Civil Veterinary Dept. Bombay admin report 1932-41 - 1932-1941
Year: 1932
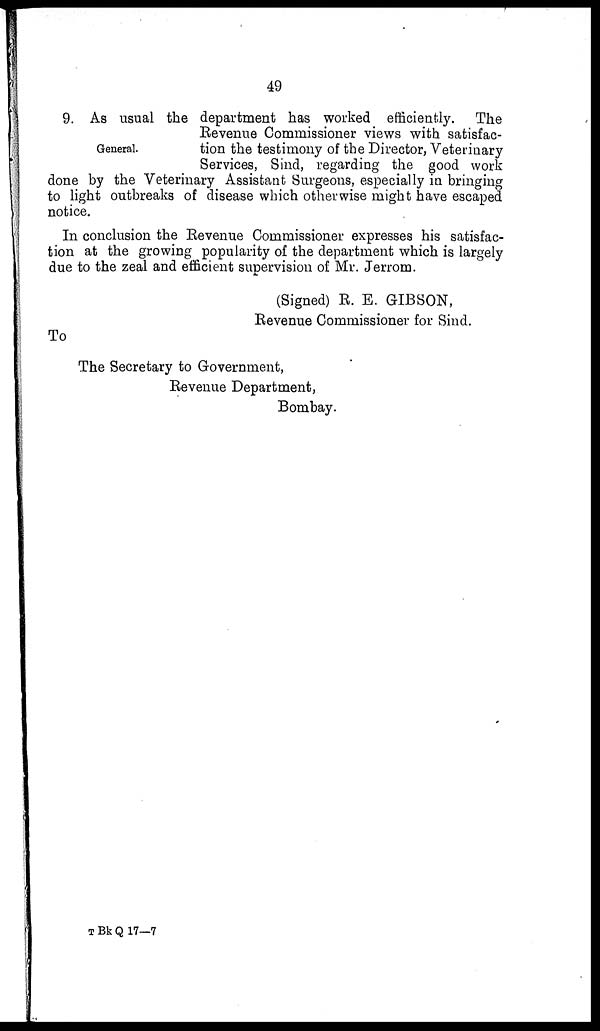
49
General.
9. As usual the department has worked efficiently.
The
Revenue Commissioner views with satisfac-
tion the testimony of the Director, Veterinary
Services, Sind, regarding the good work
done by the Veterinary Assistant Surgeons, especially in bringing
to light outbreaks of disease which otherwise might have escaped
notice.
In conclusion the Revenue Commissioner expresses his satisfac-
tion at the growing popularity of the department which is largely
due to the zeal and efficient supervision of Mr. Jerrom.
(Signed) R. E. GIBSON,
Revenue Commissioner for Sind.
To
The Secretary to Government,
Revenue Department,
Bombay.
T Bk Q 17—7